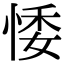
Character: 𢛊